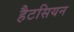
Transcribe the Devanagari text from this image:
हैटसियन